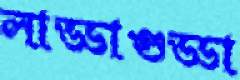
লাড্ডাগুড্ডা